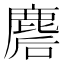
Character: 𪊪